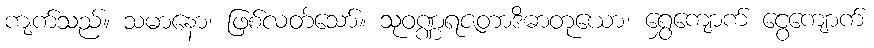
ကျက်သည်။ သမာနော၊ ဖြစ်လတ်သော်။ သုဝဏ္ဏရဇတာဒိဓာတုယော၊ ရွှေကျောက် ငွေကျောက်